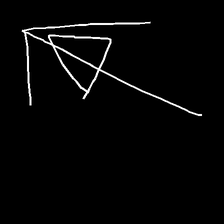
Glyph: pull